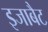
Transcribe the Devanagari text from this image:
इजाबैट